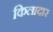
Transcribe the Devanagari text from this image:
किलादार